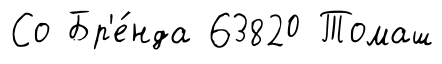
Со Бр'е́нда 63820 Томаш